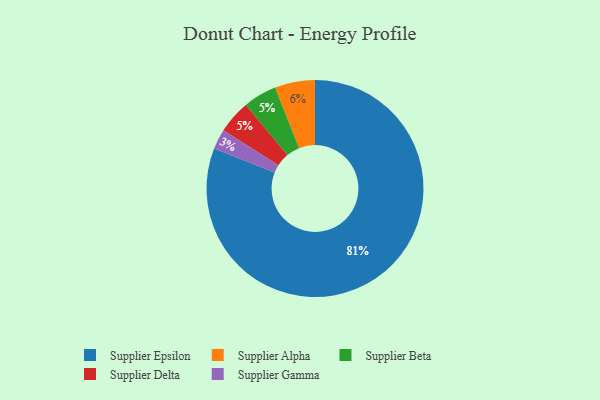
{"axis": {"x": "Category", "y": "Percentage"}, "legend": ["Supplier Alpha", "Supplier Beta", "Supplier Delta", "Supplier Epsilon", "Supplier Gamma"], "data": [{"x": "Supplier Epsilon", "y": 81, "type": "Supplier Epsilon"}, {"x": "Supplier Gamma", "y": 3, "type": "Supplier Gamma"}, {"x": "Supplier Beta", "y": 5, "type": "Supplier Beta"}, {"x": "Supplier Delta", "y": 5, "type": "Supplier Delta"}, {"x": "Supplier Alpha", "y": 6, "type": "Supplier Alpha"}]}